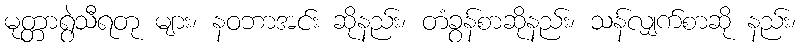
မုတ္တာရွဲသီရတု များ၊ နဝဘာအင်း ဆိုနည်း၊ တံခွန်စာဆိုနည်း၊ သန်လျှက်စာဆို နည်း၊